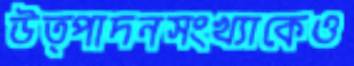
উত্পাদনসংখ্যাকেও